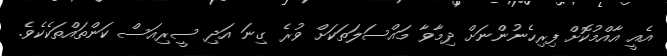
އެއީ އާއްމުކޮށް ފިރިހެނުންނަށް ދިމާވާ މައްސަލަތަކަށް ވުރެ ގިނަ އަދި ސީރިއަސް ކަންތައްތަކެކެވެ.